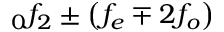
_ 0 f _ { 2 } \pm \left( f _ { e } \mp 2 f _ { o } \right)